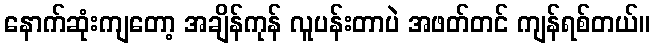
နောက်ဆုံးကျတော့ အချိန်ကုန် လူပန်းတာပဲ အဖတ်တင် ကျန်ရစ်တယ်။